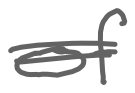
Text: of
Cross-out: double-line
Writing tool: digital_gray